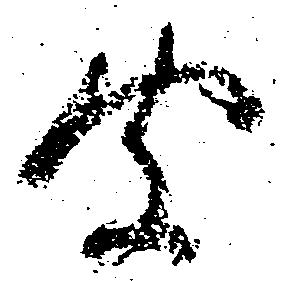
聞